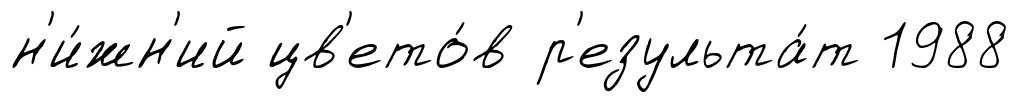
н'и́жн'ий цв'ето́в р'езульта́т 1988